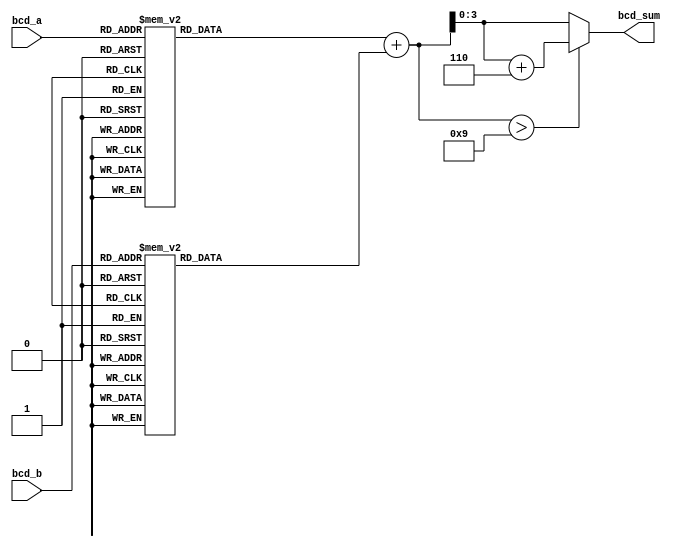
module BCD_Redundant_Binary_Adder (
    input [3:0] bcd_a,       // BCD digit A
    input [3:0] bcd_b,       // BCD digit B
    output reg [3:0] bcd_sum // BCD result
);
    // Convert BCD to Redundant Binary
    function [4:0] bcd_to_redundant;
        input [3:0] bcd;
        begin
            case(bcd)
                4'b0000: bcd_to_redundant = 5'b00000; // 0
                4'b0001: bcd_to_redundant = 5'b00001; // 1
                4'b0010: bcd_to_redundant = 5'b00010; // 2
                4'b0011: bcd_to_redundant = 5'b00011; // 3
                4'b0100: bcd_to_redundant = 5'b00100; // 4
                4'b0101: bcd_to_redundant = 5'b00101; // 5
                4'b0110: bcd_to_redundant = 5'b00110; // 6
                4'b0111: bcd_to_redundant = 5'b00111; // 7
                4'b1000: bcd_to_redundant = 5'b01000; // 8
                4'b1001: bcd_to_redundant = 5'b01001; // 9
                default: bcd_to_redundant = 5'b00000; // Invalid BCD
            endcase
        end
    endfunction

    reg [4:0] redundant_a; // Redundant binary for A
    reg [4:0] redundant_b; // Redundant binary for B
    reg [5:0] sum;         // Sum of redundant binaries
    reg carry;             // Carry flag for addition

    // Convert BCD inputs to redundant binary
    always @(*) begin
        redundant_a = bcd_to_redundant(bcd_a);
        redundant_b = bcd_to_redundant(bcd_b);
        // Perform addition
        sum = redundant_a + redundant_b;

        // Handle carry
        carry = sum[5]; // Check for carry from the most significant bit

        // BCD Correction
        if (sum[4:0] > 5'b01001) begin
            sum[4:0] = sum[4:0] + 5'b00110; // Add 6 (0110) for BCD correction
        end

        // Output the corrected BCD result
        bcd_sum = sum[3:0]; // The lower 4 bits represent the BCD sum
    end
endmodule